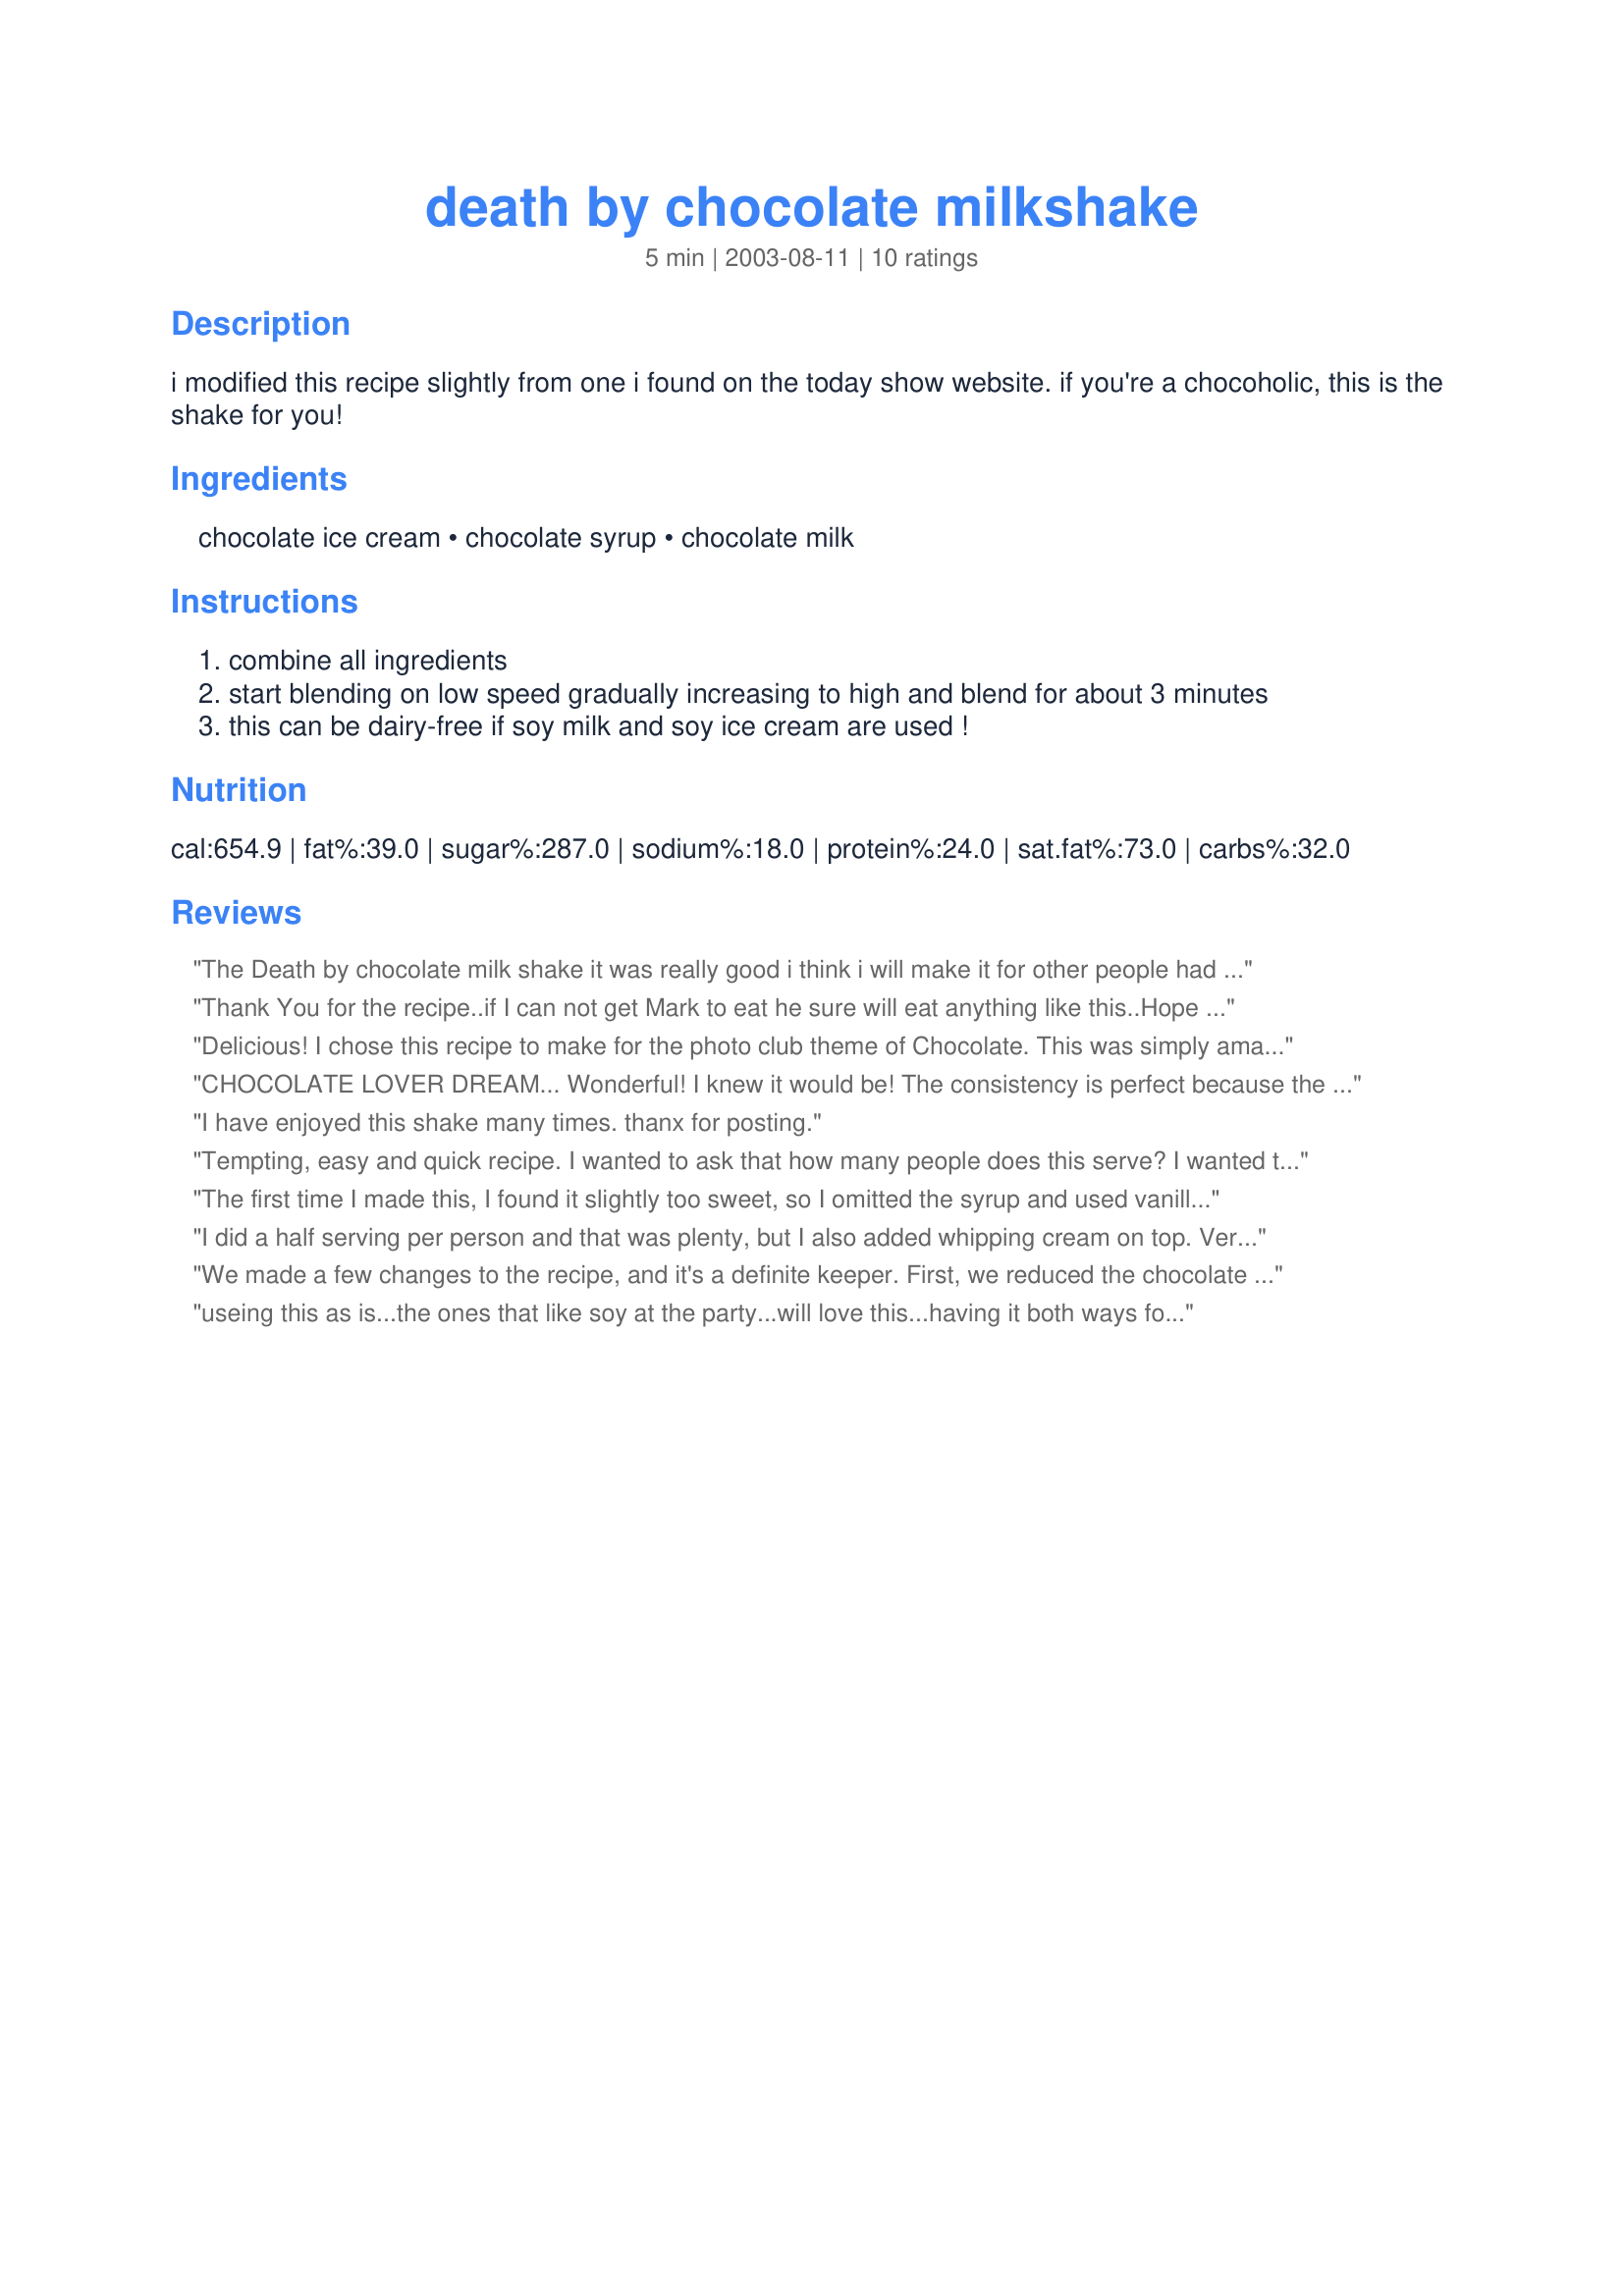
death by chocolate milkshake
Preparation time: 5 minutes

i modified this recipe slightly from one i found on the today show website. if you're a chocoholic, this is the shake for you!

Ingredients:
chocolate ice cream, chocolate syrup, chocolate milk

Steps:
combine all ingredients
start blending on low speed gradually increasing to high and blend for about 3 minutes
this can be dairy-free if soy milk and soy ice cream are used !

Reviews:
The Death by chocolate milk shake it was really good i think i will make it for other people had did not have it before.
Thank You for the recipe..if I can not get Mark to eat he sure will eat anything like this..Hope you all know how much it means to me to have recipes here that he will drink or eat. I did not change anything on the recipe..I had all the ingredents for it. Easy fast and great tasting.

Delicious! I chose this recipe to make for the photo club theme of Chocolate. This was simply amazing! I drizzled melted chocolate into the glass and then topped it with a scoop of chocoalte ice cream and I added a cherry for garnish. Thanks for psoting this great recipe, it sure to made again soon around here :)
CHOCOLATE LOVER DREAM... Wonderful! I knew it would be! The consistency is perfect because the ingredient ratio is perfect. Not too thick or too thin. I made this with chocolate ice cream and then with vanilla frozen yogurt and they both came out extremely chocolatey...hits the spot. Thanks!
I have enjoyed this shake many times. thanx for posting.
Tempting, easy and quick recipe. I wanted to ask that how many people does this serve? I wanted to make for 8 people on a get together. :)
The first time I made this, I found it slightly too sweet, so I omitted the syrup and used vanilla ice cream instead and liked it better this way. Thank you for the recipe.
I did a half serving per person and that was plenty, but I also added whipping cream on top. <br/><br/>Very rich and delicious! And amazingly quick to make!
We made a few changes to the recipe, and it's a definite keeper. First, we reduced the chocolate syrup to 1/8 cup. The shake had a syrupy aftertaste with the full amount. (It may be the "off-brand" syrup we're using since it's what we can get in Singapore. Second, we added about 6 ice cubes to crush up so it would thicken up some. My son said it tasted like McDonald's chocolate shake -- and he should know after all of those he's had! I had never thought about using chocolate milk in a chocolate shake; makes perfect sense! Thanks for posting this chocolatety concoction!
 useing this as is...the ones that like soy at the party...will love this...having it both ways for a jr high party....and i thought punch was the way to go...
